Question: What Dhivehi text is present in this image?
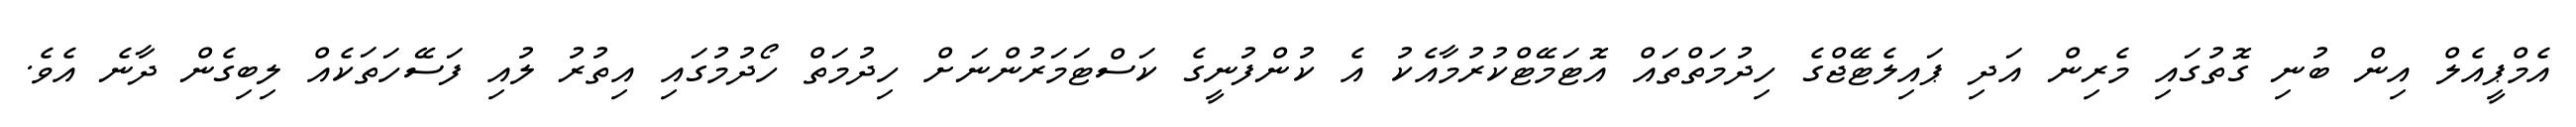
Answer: އެމްޕީއެލް އިން ބުނި ގޮތުގައި މެރިން އަދި ޕައިލެޓޭޖްގެ ހިދުމަތްތައް އޮޓަމޭޓްކުރުމާއެކު އެ ކުންފުނީގެ ކަސްޓަމަރުންނަށް ހިދުމަތް ހޯދުމުގައި އިތުރު ލުއި ފަސޭހަތަކެއް ލިބިގެން ދާނެ އެވެ.